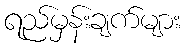
ရည်မှန်းချက်များ